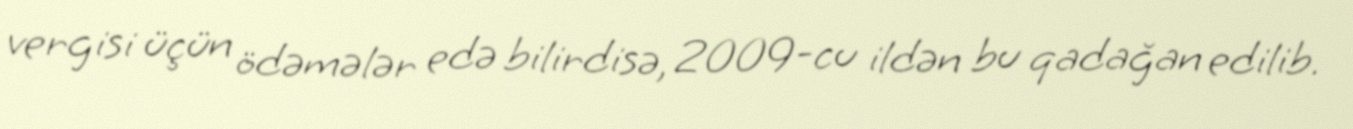
vergisi üçün ödəmələr edə bilirdisə, 2009-cu ildən bu qadağan edilib.